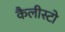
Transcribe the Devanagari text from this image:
कैलीस्टो